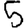
Digit: 5